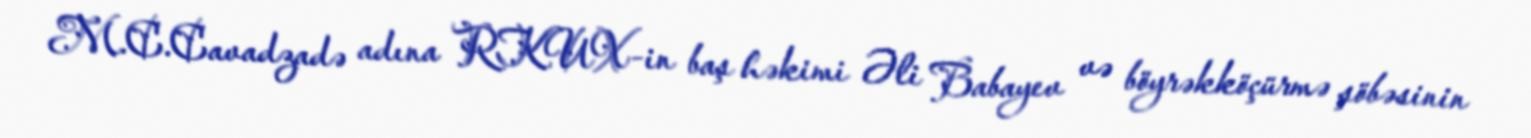
M.C.Cavadzadə adına RKUX-in baş həkimi Əli Babayev və böyrəkköçürmə şöbəsinin